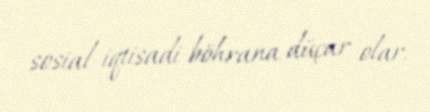
sosial-iqtisadi böhrana düçar olar.